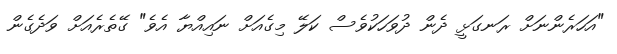
"އަހަރެންނަށް ރަނގަޅީ ދެން ދުވަހަކުވެސް ކަލޭ މިގެއަށް ނައިއްޔާ އެވެ" ގޭތެރެއަށް ވަދެގެން